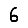
Digit: 6